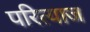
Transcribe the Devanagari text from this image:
परित्याज